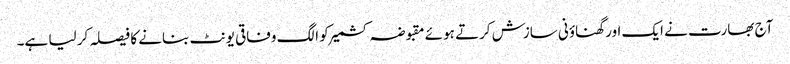
آج بھارت نے ایک اور گھناؤنی سازش کرتے ہوئے مقبوضہ کشمیر کو الگ وفاقی یونٹ بنانے کا فیصلہ کر لیا ہے۔